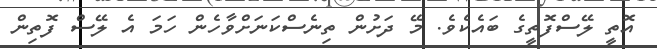
އޮތީ ލޭސްފޮތީގެ ބައެކެވެ. މޭ ދަށުން ތިނެސްކަނަށްވާހެން ހަމަ އެ ލޭސް ފޮތިން